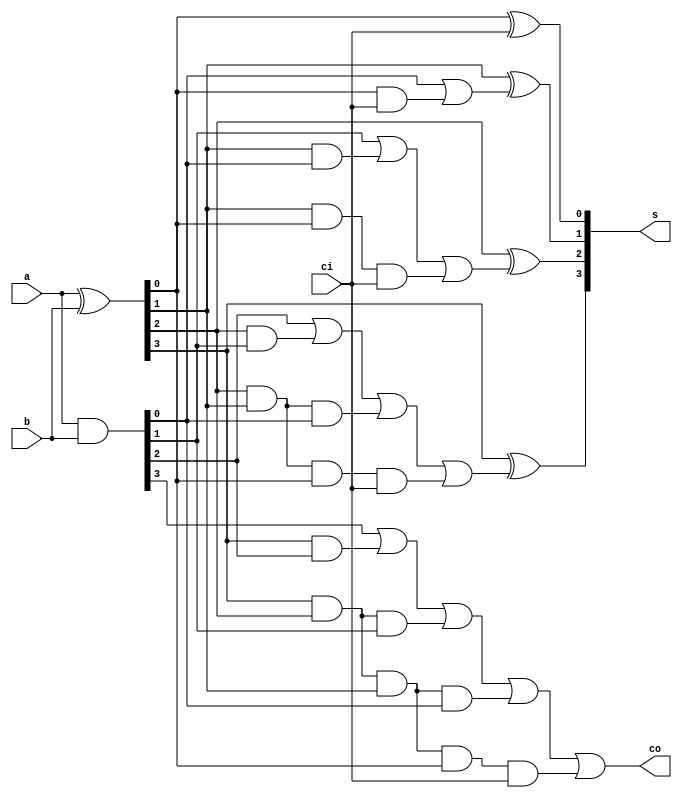
// 4
module Adder_CLA4(a, b, ci, co, s);

    // 
    input [3:0] a, b; // 
    input ci; // 
    output co; // 
    output [3:0] s; // 

    //
    wire [4:1] c; // 
    wire [3:0] g; // 
    wire [3:0] p; // 

    // g
    assign g = a & b;

    // p
    assign p = a ^ b;

    // 
    // cic[0]
    assign c[1] = g[0] | (p[0] & ci),
           c[2] = g[1] | (p[1] & g[0]) | (p[1] & p[0] & ci),
           c[3] = g[2] | (p[2] & g[1]) | (p[2] & p[1] & g[0]) | (p[2] & p[1] & p[0] & ci),
           c[4] = g[3] | (p[3] & g[2]) | (p[3] & p[2] & g[1]) | (p[3] & p[2] & p[1] & g[0]) | (p[3] & p[2] & p[1] & p[0] & ci);

    // 
    assign s[0] = p[0] ^ ci,
           s[1] = p[1] ^ c[1],
           s[2] = p[2] ^ c[2],
           s[3] = p[3] ^ c[3];

    // 
    assign co = c[4];

endmodule